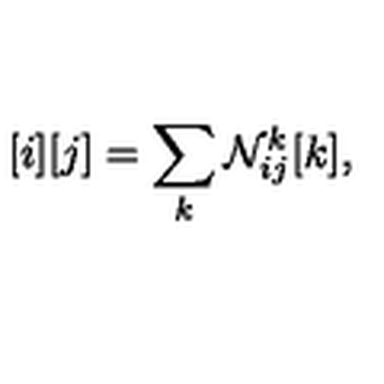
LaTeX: \, [ i ] [ j ] = \sum _ { k } { \cal N } _ { i j } ^ { k } [ k ] ,